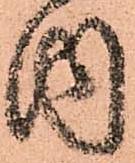
内